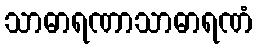
သာဓာရဏာသာဓာရဏံ